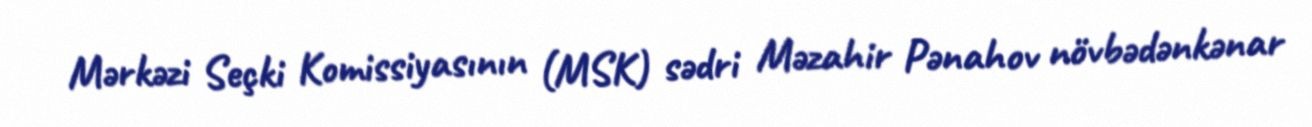
Mərkəzi Seçki Komissiyasının (MSK) sədri Məzahir Pənahov növbədənkənar